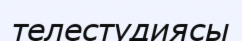
телестудиясы